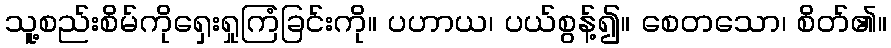
သူ့စည်းစိမ်ကိုရှေးရှုကြံခြင်းကို။ ပဟာယ၊ ပယ်စွန့်၍။ စေတသော၊ စိတ်၏။